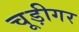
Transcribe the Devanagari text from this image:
चूड़ीगर